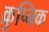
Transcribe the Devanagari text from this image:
क्रुप्निक